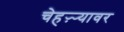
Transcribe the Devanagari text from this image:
चेहऱ्र्‍यावर